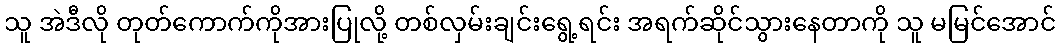
သူ အဲဒီလို တုတ်ကောက်ကိုအားပြုလို့ တစ်လှမ်းချင်းရွေ့ရင်း အရက်ဆိုင်သွားနေတာကို သူ မမြင်အောင်